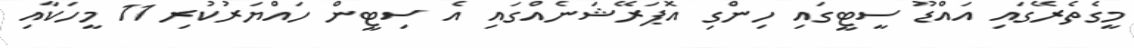
މީގެތެރޭގައި އައްޑޫ ސީޓީގައި ހިންގި އޮޕަރޭޝަނެއްގައި އެ ސިޓީން ހައްޔަރުކުރި 11 މީހަކާއި